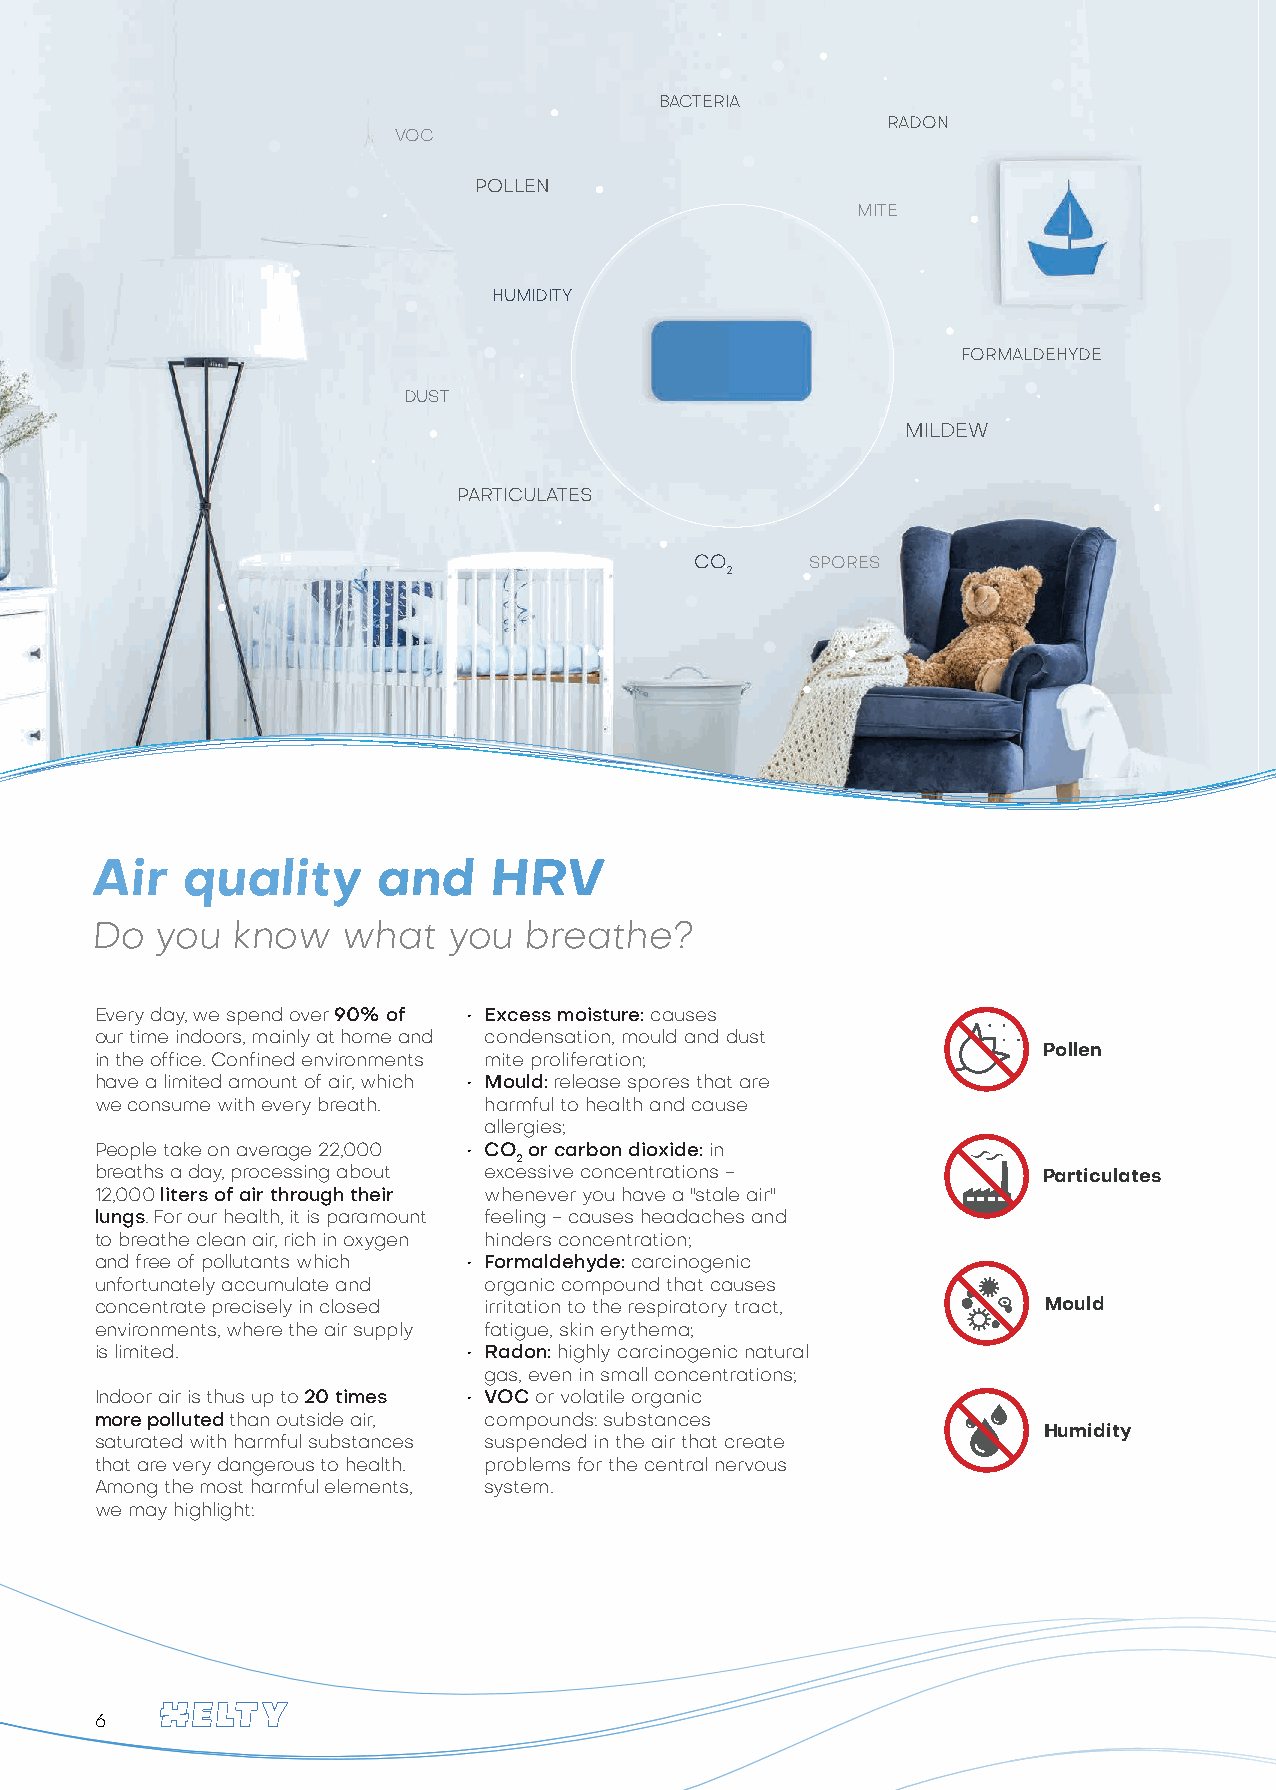
BACTERIA
 RADON
 VOC
 PPOOLLLELNEN
 MITE
 HUMIDITY
 FORMALDEHYDE
 DUST
 STAUB
 MILDEW
 PARTICULATES
 FEINSTAUB
 CO      SPORES
 2
 Air   quality      and    HRV
 Do  you  know    what   you  breathe?
 Every day, we spend over 90% of • Excess moisture: causes
 our time indoors, mainly at home and condensation, mould and dust
 Pollen
 in the office. Confined environments mite proliferation;
 have a limited amount of air, which • Mould: release spores that are
 we consume with every breath. harmful to health and cause
 allergies;
 People take on average 22,000 • CO or carbon dioxide: in
 2
 breaths a day, processing about excessive concentrations -     Particulates
 12,000 liters of air through their whenever you have a "stale air"
 lungs. For our health, it is paramount feeling - causes headaches and
 to breathe clean air, rich in oxygen hinders concentration;
 and free of pollutants which • Formaldehyde: carcinogenic
 unfortunately accumulate and organic compound that causes
 concentrate precisely in closed irritation to the respiratory tract, Mould
 environments, where the air supply fatigue, skin erythema;
 is limited.              • Radon: highly carcinogenic natural
 gas, even in small concentrations;
 Indoor air is thus up to 20 times • VOC or volatile organic
 more polluted than outside air, compounds: substances
 Humidity
 saturated with harmful substances suspended in the air that create
 that are very dangerous to health. problems for the central nervous
 Among the most harmful elements, system.
 we may highlight:
 6